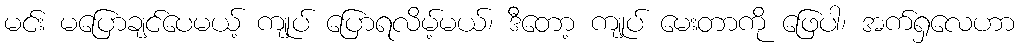
မင်း မပြောချင်ပေမယ့် ကျုပ် ပြောရလိမ့်မယ်၊ ဒီတော့ ကျုပ် မေးတာကို ဖြေပါ၊ အက်ရှလေဟာ